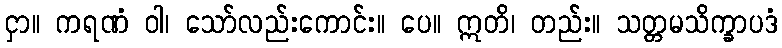
ငှာ။ ကရဏံ ဝါ၊ သော်လည်းကောင်း။ ပေ။ ဣတိ၊ တည်း။ သတ္တမသိက္ခာပဒံ